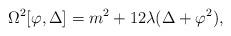
LaTeX: \begin{align*}\Omega^2[\varphi,\Delta]=m^2+12\lambda(\Delta+\varphi^2),\end{align*}